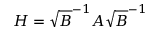
H = \sqrt { B } ^ { - 1 } A \sqrt { B } ^ { - 1 }